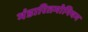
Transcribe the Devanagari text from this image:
भंडारितमोनियम